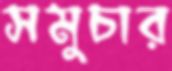
সমুচার